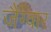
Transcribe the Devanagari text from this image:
जैग्वार